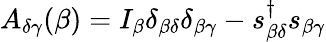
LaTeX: A_{\delta\gamma}(\beta)=I_{\beta}\delta_{\beta\delta}\delta_{\beta\gamma}-s_{\beta\delta}^{\dagger}s_{\beta\gamma}